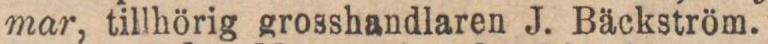
mar, tillhörig grosshandlaren J. Bäckström.